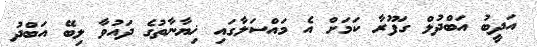
އަދީބު އަބްދުލް ގަފޫރާ ކަމަށް އެ މައްސަލާގައި ޚިޔާނާތުގެ ދައުވާ ލިބޭ އަބްދު